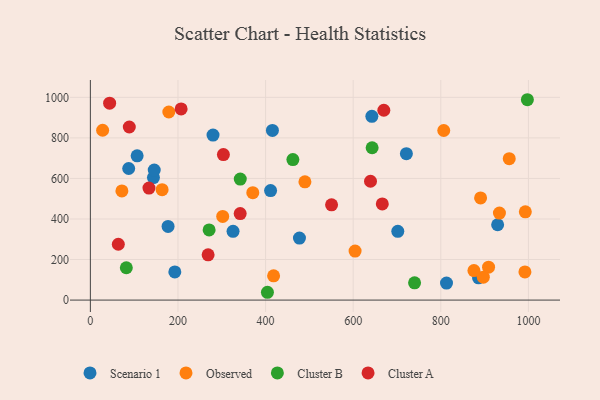
{"axis": {"x": "Price", "y": "Exam Score"}, "legend": ["Cluster A", "Cluster B", "Observed", "Scenario 1"], "data": [{"x": "144.0", "y": 604.4, "type": "Scenario 1"}, {"x": "721.4", "y": 722.2, "type": "Scenario 1"}, {"x": "87.5", "y": 649.1, "type": "Scenario 1"}, {"x": "145.8", "y": 641.4, "type": "Scenario 1"}, {"x": "415.6", "y": 837.0, "type": "Scenario 1"}, {"x": "177.4", "y": 363.4, "type": "Scenario 1"}, {"x": "192.8", "y": 138.8, "type": "Scenario 1"}, {"x": "886.1", "y": 109.9, "type": "Scenario 1"}, {"x": "325.7", "y": 339.3, "type": "Scenario 1"}, {"x": "929.7", "y": 371.7, "type": "Scenario 1"}, {"x": "701.8", "y": 339.2, "type": "Scenario 1"}, {"x": "813.0", "y": 83.9, "type": "Scenario 1"}, {"x": "411.4", "y": 540.4, "type": "Scenario 1"}, {"x": "642.6", "y": 906.5, "type": "Scenario 1"}, {"x": "477.3", "y": 306.0, "type": "Scenario 1"}, {"x": "280.0", "y": 813.8, "type": "Scenario 1"}, {"x": "106.8", "y": 711.5, "type": "Scenario 1"}, {"x": "909.0", "y": 162.5, "type": "Observed"}, {"x": "992.0", "y": 138.7, "type": "Observed"}, {"x": "163.8", "y": 544.7, "type": "Observed"}, {"x": "890.8", "y": 503.9, "type": "Observed"}, {"x": "604.3", "y": 241.6, "type": "Observed"}, {"x": "897.0", "y": 113.1, "type": "Observed"}, {"x": "806.7", "y": 836.6, "type": "Observed"}, {"x": "302.1", "y": 412.5, "type": "Observed"}, {"x": "28.0", "y": 837.7, "type": "Observed"}, {"x": "72.0", "y": 538.3, "type": "Observed"}, {"x": "933.8", "y": 429.0, "type": "Observed"}, {"x": "489.8", "y": 583.1, "type": "Observed"}, {"x": "370.8", "y": 530.0, "type": "Observed"}, {"x": "992.9", "y": 435.2, "type": "Observed"}, {"x": "418.3", "y": 119.6, "type": "Observed"}, {"x": "875.6", "y": 145.6, "type": "Observed"}, {"x": "956.2", "y": 697.6, "type": "Observed"}, {"x": "179.1", "y": 927.8, "type": "Observed"}, {"x": "462.3", "y": 693.1, "type": "Cluster B"}, {"x": "82.1", "y": 159.4, "type": "Cluster B"}, {"x": "342.2", "y": 597.0, "type": "Cluster B"}, {"x": "404.2", "y": 38.5, "type": "Cluster B"}, {"x": "740.1", "y": 85.0, "type": "Cluster B"}, {"x": "271.1", "y": 346.3, "type": "Cluster B"}, {"x": "643.2", "y": 751.4, "type": "Cluster B"}, {"x": "997.6", "y": 988.3, "type": "Cluster B"}, {"x": "342.0", "y": 426.6, "type": "Cluster A"}, {"x": "88.9", "y": 853.8, "type": "Cluster A"}, {"x": "268.8", "y": 223.2, "type": "Cluster A"}, {"x": "550.6", "y": 469.9, "type": "Cluster A"}, {"x": "666.4", "y": 474.5, "type": "Cluster A"}, {"x": "669.9", "y": 936.5, "type": "Cluster A"}, {"x": "63.8", "y": 275.5, "type": "Cluster A"}, {"x": "207.2", "y": 942.9, "type": "Cluster A"}, {"x": "639.5", "y": 586.1, "type": "Cluster A"}, {"x": "133.8", "y": 552.6, "type": "Cluster A"}, {"x": "44.0", "y": 971.4, "type": "Cluster A"}, {"x": "303.7", "y": 717.5, "type": "Cluster A"}]}